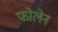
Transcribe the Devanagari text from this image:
फोलेन